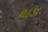
ઘાડા